Vaccination in Burma 1900-1911 - 1900-1911
Year: 1900
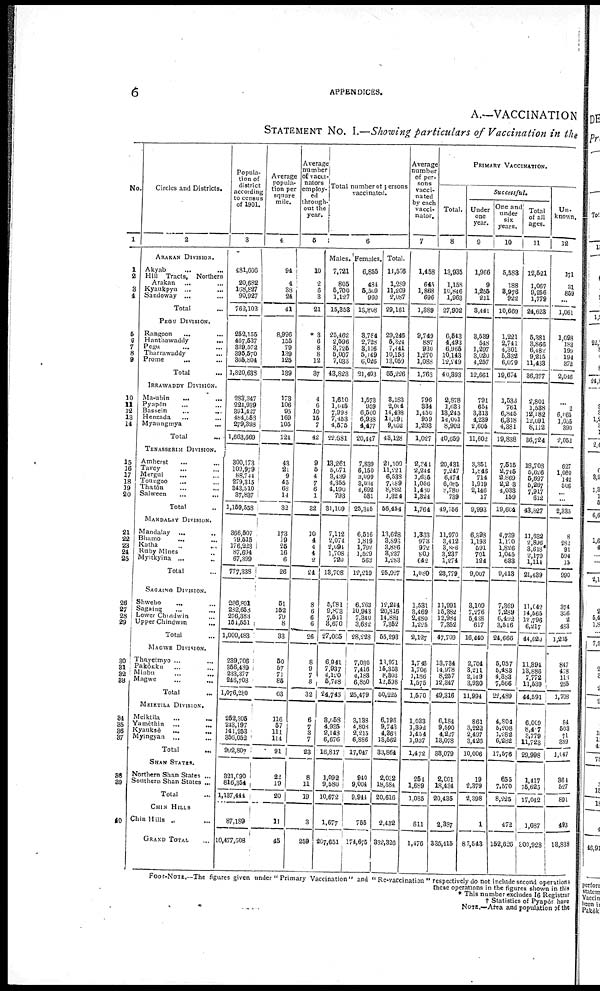
6
APPENDICES.
A.—VACCINATION
STATEMENT NO. I.—Showing particulars of Vaccination in the
No.
1
1
2
3
4
5
6
7 8
9
10
11
12
13
14
15
16
17
18
19
20
21
22
23
24
25
26
27
28
29
30
31
32
33
34
35
36
37
38
39
40
Circles and Districts.
2
ARAKAN DIVISION.
Akyab ... ...
Hill Tracts, Northern
Arakan ... ...
Kyaukpyu ... ...
Sandoway ... ...
Total ...
PEGU DIVISION.
Rangoon ... ...
Hanthawaddy ... ...
Pegu ... ...
Tharrawaddy ... ...
Prome ... ...
Total ...
IRRAWADDY DIVISION.
Ma-ubin ... ...
Pyapôn ... ...
Bassein ... ...
Henzada ... ...
Myaungmya ... ...
Total ...
TENASSERIM DIVISION.
Amherst ... ...
Tavoy ... ...
Mergui ... ...
Toungoo ... ...
Thatôn ... ...
Salween
...
...
Total ...
MANDALAY DIVISION.
Mandalay ... ...
Bhamo ... ...
Katha ... ...
Ruby Mines ... ...
Myitkyina ... ...
Total ...
SAGAING DIVISION.
Shwebo ... ...
Sagaing ... ...
Lower Chindwin ... ...
Upper Chindwin ...
Total ...
MAGWE DIVISION.
Thayetmyo ... ...
Pakôkku ... ...
Minbu ... ...
Magwe ... ...
Total ...
MEIRTILA DIVISION.
Meiktila ... ...
Yamèthin ... ...
Kyauksè ... ...
Myingyan ... ...
Total ...
SHAN STATES.
Northern Shan States ...
Southern Shan States ...
Total ...
CHIN HILLS
Chin Hills ... ...
GRAND TOTAL ...
Popula-
tion of
district
according
to census
of 1901.
3
481,666
20,682
108,827
90,927
762,102
252,155
467,537
339,572
395,570
365,804
1,820,638
283,347
224,939
391,427
484,558
279,398
1,663,669
300,173
109,979
88,744
279,315
343,510
37,837
1,159,558
366,507
79,515
176,223
87,694
67,399
777,338
286,891
282,658
276,383
154,551
1,000,483
239,706
356,489
233,377
246,708
1,076,280
252,305
243,197
141,253
356,052
992,807
321,090
816,354
1,137,444
87,189
10,477,508
Average
popula-
tion per
square
mile.
4
94
4
38
24
41
8,996
155
79
139
125
139
173
106
95
169
105
124
43
21
9
45
68
14
32
173
19
25
16
6
26
51
152
70
8
33
50
57
71
85
63
116
57
111
114
91
22
19
20
11
45
Average
number
of vacci-
nators
employ-
ed
through-
out the
year.
5
10
2
6
3
21
*3
6
8
8
12
37
4
6
10
15
7
42
9
5
4
7
6
1
32
10
4
4
4
2
24
8
6
6
6
26
8
9
7
8
32
6
7
3
7
23
8
11
19
3
259
Total number of persons
vaccinated.
6
Males.
7,721
805
5,700
1,127
15,353
25,462
2,596
3,726
5,007
7,033
43,823
1,610
1,045
7,998
7,453
4,575
22,681
13,261
5,071
3,439
4,355
4,190
793
31,109
7,112
2,074
2,094
1,708
720
18,708
5,981
9,873
7,511
8,670
27,065
6,941
7,937
4,120
5,748
24,746
3,058
4,935
2,143
6,676
16,817
1,092
9,580
10,672
1,677
207,651
Females.
6,855
484
5,509
960
13,808
3,784
2,728
8,116
5,149
6,026
31,403
1,573
959
6,500
6,938
4,477
20,447
7,839
6,150
3,099
3,034
4,692
531
25,345
6,516
1,819
1,792
1,529
563
12,219
6,263
10,943
7,340
3,682
28,228
7,030
7,416
4,183
6,850
25,479
3,138
4,808
2,215
6,886
17,047
940
9,004
9,944
755
174,675
Total.
14,576
1,289
11,209
2,087
29,161
29,246
5,324
7,441
10,158
13,059
65,226
3,183
2,014
11,498
14,391
9,052
43,128
21,100
11,221
6,538
7,389
8,882
1,324
56,454
13,628
3,893
3,886
3,237
1,283
25,927
12,244
20,816
14,881
7,352
55,293
11,971
15,353
8,303
12,598
50,225
6,196
9,743
4,363
13,562
33,864
2,032
18,584
20,616
2,433
882,326
Average
number
of per-
sons
vacci-
nated
by each
vacci-
nator.
7
1,458
645
1,868
696
1,389
9,749
887
930
1,270
1,088
1,763
796
334
1,450
959
1,293
1,027
2,244
2,244
1,635
1,056
1,480
1,324
1,764
1,333
973
972
809
642
1,080
1,531
3,469
2,480
1,225
2,127
1,746
1,706
1,186
1,575
1,570
1,033
1,392
1,454
1,937
1,472
254
1,689
1,085
811
1,176
PRIMARY VACCINATION.
Total.
8
13,935
1,158
10,846
1,963
27,902
6,543
4,493
6,965
10,143
12,249
40,393
2,878
1,638
13,245
14,001
8,902
40,659
20,431
7,247
6,174
6,085
8,780
789
49,756
11,970
3,412
8,806
3,237
1,274
23,779
11,991
15,382
12,984
7,352
47,709
13,734
14,978
8,257
12,347
49,316
6,184
9,590
4,227
13,078
33,079
2,001
18,434
20,435
2,387
335,415
Successful.
Under
one
year.
9
1,966
9
1,255
211
8,441
3,539
548
1,297
3,020
4,257
12,661
791
654
3,313
4,239
2,605
11,602
3,351
1,846
714
1,919
2,146
17
9,993
6,393
1,193
591
701
124
9,007
3,109
7,276
6,438
617
16,440
2,704
8,211
2,149
3,930
11,994
861
3,222
2,497
3,426
10,006
19
2,379
2,398
...
87,543
One and
under
six
years.
10
5,588
188
8,976
922
10,669
1,221
2,741
4,301
5,332
6,079
19,674
1,533
761
6,845
6,318
4,381
19,838
7,515
2,745
2,869
2,203
4,033
159
19,604
4,739
1,170
1,826
1,045
633
9,413
7,369
7,289
6,492
3,516
24,666
5,057
5,488
4,383
7,566
22,489
4,804
5,208
1,282
6,282
17,576
655
7,570
8,225
472
152,626
Total
of all
ages.
11
12,521
1,067
9,256
1,779
24,623
5,381
3,866
6,482
9,215
11,433
36,377
2,801
1,538
12,182
12,091
8,112
36,724
18,708
5,626
5,697
5,267
7,917
612
43,827
11,632
2,896
3,618
2,179
1,114
21,439
11,042
14,565
12,796
6,217
44,620
11,394
13,886
7,772
11,539
44,591
6,009
8,407
3,77
11,723
29,998
1,417
15,625
17,042
1,687
300,928
Un-
known.
12
171
31
859
...
1,061
1,098
183
199
194
372
2,046
...
2
6,065
1,055
390
2,052
627
1,060
142
508
...
...
2,335
8
282
91
594
15
990
374
356
2
483
1,215
847
478
113
265
1,708
84
503
71
389
1,047
364
527
891
493
13,838
FOOT-NOTE.—The figures given under " Primary Vaccination" and "Re-vaccination" respectively do not include second operations
these operations in the figures shown in this
* This number excludes 16 Registrar
† Statistics of Pyapôr have
NOTE.—Area and population of the